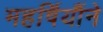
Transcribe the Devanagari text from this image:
महर्षियौंने